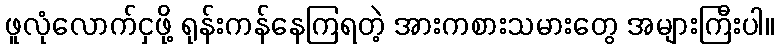
ဖူလုံလောက်ငှဖို့ ရုန်းကန်နေကြရတဲ့ အားကစားသမားတွေ အများကြီးပါ။